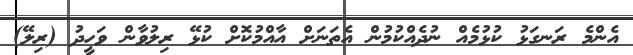
އެންމެ ރަނގަޅު ކުޅުމެއް ނުދެއްކުމުން އެތަނަށް އާއްމުކޮށް ކުޅޭ ރިލުވާން ވަހީދު (ރިލޭ)